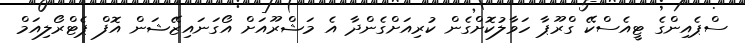
ސްޕެއިންގެ ޓީއެސްކޭ ގްރޫޕާ ހަވާލުކޮށްގެން ކުރިއަށްގެންދާ އެ މަޝްރޫއަށް އޯގަނައިޒޭޝަން އޮފް ޕެޓްރޯލިއަމް